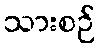
သားစဉ်